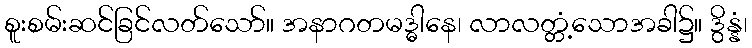
စူးစမ်းဆင်ခြင်လတ်သော်။ အနာဂတမဒ္ဓါနေ၊ လာလတ္တံ့သောအခါ၌။ ဒွိန္နံ၊